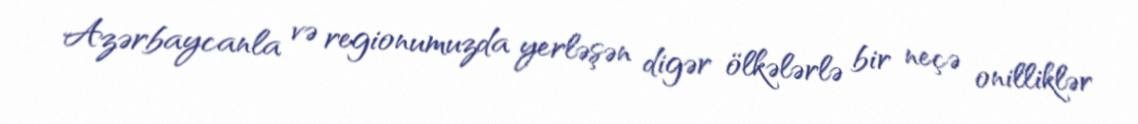
Azərbaycanla və regionumuzda yerləşən digər ölkələrlə bir neçə onilliklər